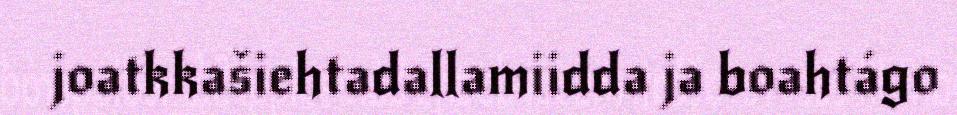
joatkkašiehtadallamiidda ja boahtágo